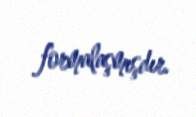
formalaşmışdır.